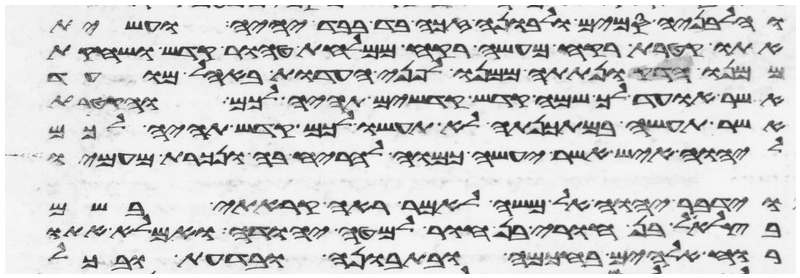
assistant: וחלבניה סמים ולבונה זכה בד בבד יהיה ועשית
אתו קטרת רקח מעשה רקח ממלחת טהור קדש ושחקת
ממנו הדק ונתתה ממנו לפני העדות באהל מועד
אשר אועד לך שמה קדש קדשים תהיה לכם והקטרת
אשר תעשה במתכנתה לא תעשו לכם קדש תהיה לכם
ליהוה איש אשר יעשה כמוה להריח בה ונכרת מעמיו
וידבר יהוה אל משה לאמר ראה קראתי בשם
בצלאל בן חורי בן חור למטה יהודה ואמלא אתו
רוח אלהים בחכמה ובתבונה ובדעת ובכל